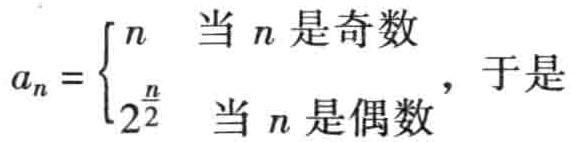
\[a_{n}=\begin{cases}n & \text{当 }n\text{ 是奇数} \\ 2^{\frac{n}{2}} & \text{当 }n\text{ 是偶数}\end{cases}\]